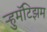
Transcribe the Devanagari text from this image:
ऱ्हुमॅटिझम